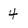
Character: 4